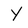
Character: Y